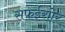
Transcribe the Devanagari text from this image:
सफईराोर